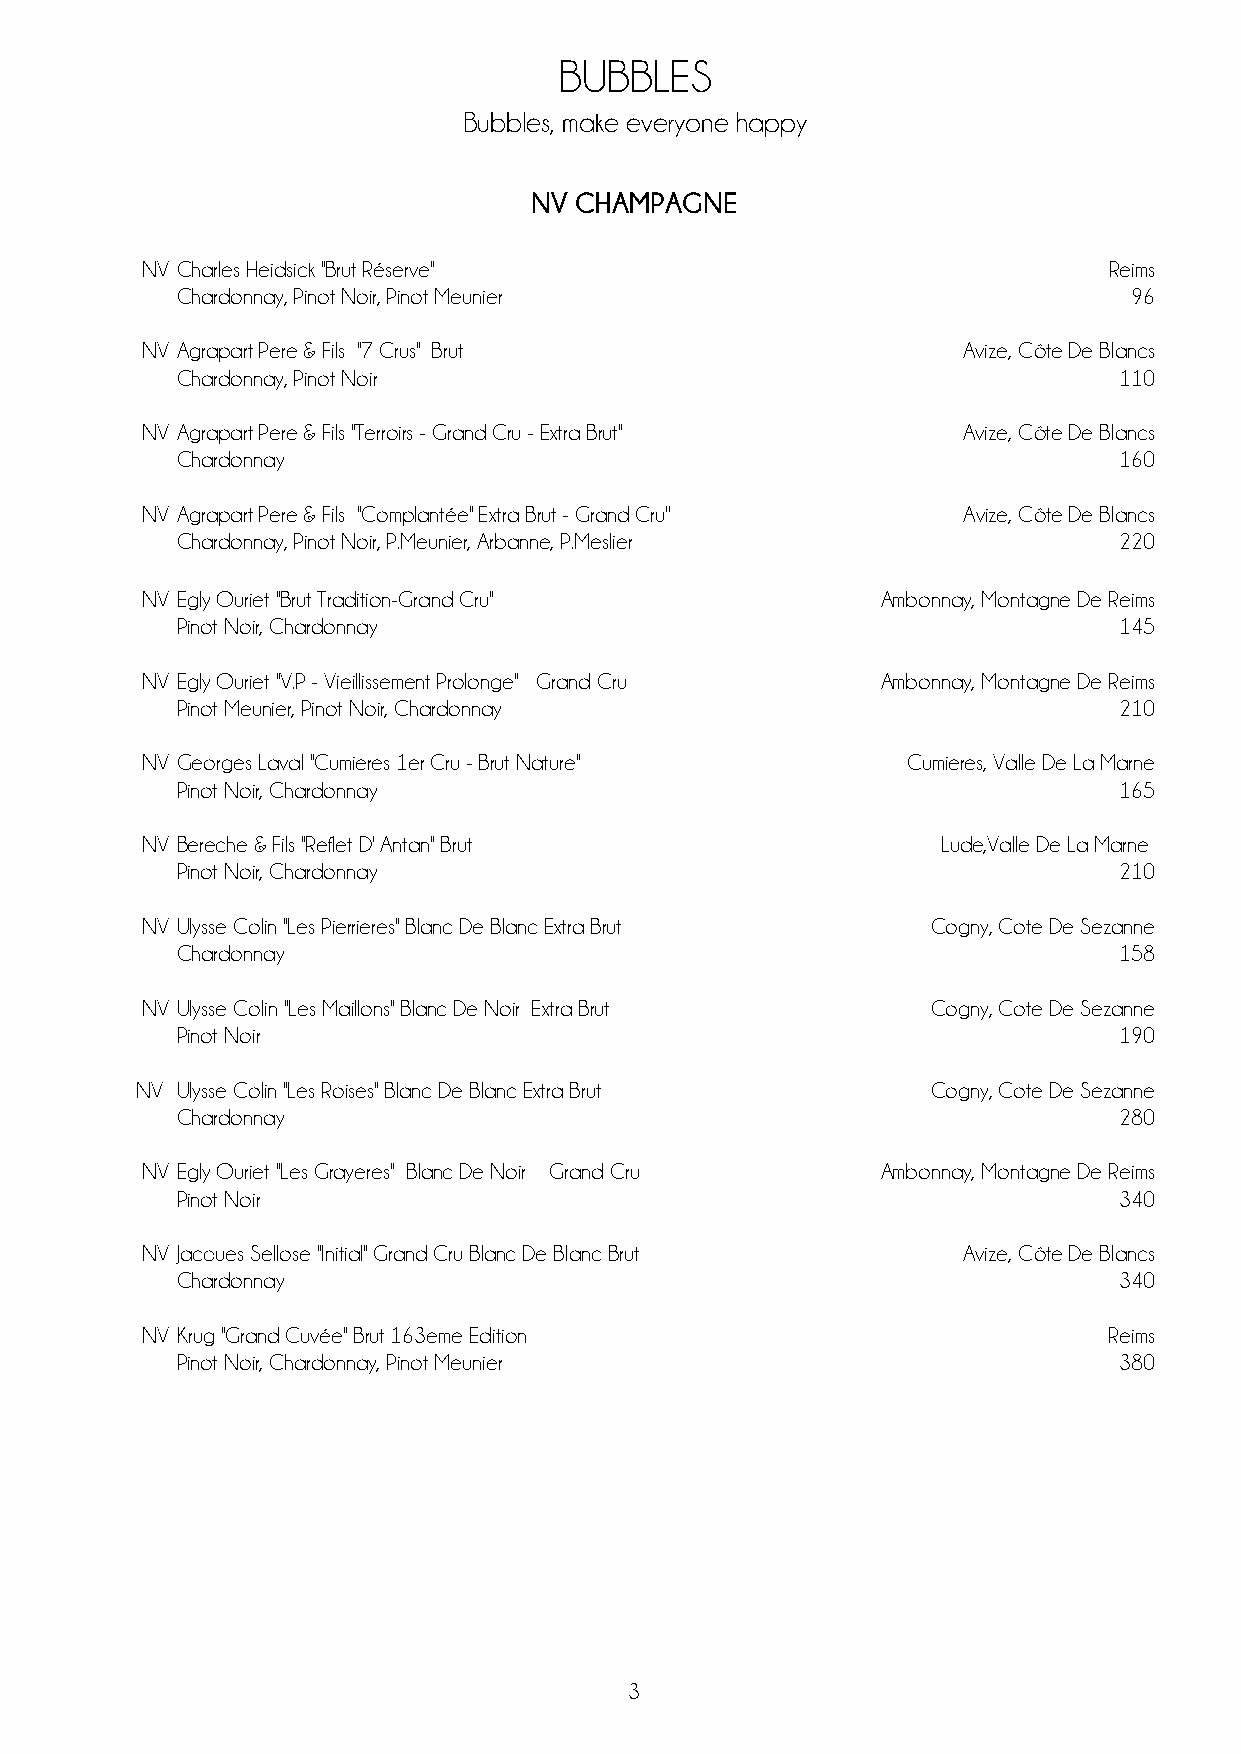
BUBBLES
 Bubbles, make everyone happy
 NV CHAMPAGNE
 NV Charles Heidsick ''Brut Réserve''                            Reims
 Chardonnay, Pinot Noir, Pinot Meunier                          96
 NV Agrapart Pere & Fils ''7 Crus'' Brut                Avize, Côte De Blancs
 Chardonnay, Pinot Noir                                        110
 NV Agrapart Pere & Fils ''Terroirs - Grand Cru - Extra Brut'' Avize, Côte De Blancs
 Chardonnay                                                    160
 NV Agrapart Pere & Fils ''Complantée'' Extra Brut - Grand Cru'' Avize, Côte De Blancs
 Chardonnay, Pinot Noir, P.Meunier, Arbanne, P.Meslier         220
 NV Egly Ouriet ''Brut Tradition-Grand Cru''      Ambonnay, Montagne De Reims
 Pinot Noir, Chardonnay                                        145
 NV Egly Ouriet ''V.P - Vieillissement Prolonge'' Grand Cru Ambonnay, Montagne De Reims
 Pinot Meunier, Pinot Noir, Chardonnay                         210
 NV Georges Laval ''Cumieres 1er Cru - Brut Nature'' Cumieres, Valle De La Marne
 Pinot Noir, Chardonnay                                        165
 NV Bereche & Fils ''Reflet D' Antan'' Brut           Lude,Valle De La Marne
 Pinot Noir, Chardonnay                                        210
 NV Ulysse Colin ''Les Pierrieres'' Blanc De Blanc Extra Brut Cogny, Cote De Sezanne
 Chardonnay                                                    158
 NV Ulysse Colin ''Les Maillons'' Blanc De Noir Extra Brut Cogny, Cote De Sezanne
 Pinot Noir                                                    190
 NV Ulysse Colin "Les Roises" Blanc De Blanc Extra Brut Cogny, Cote De Sezanne
 Chardonnay                                                    280
 NV Egly Ouriet ''Les Grayeres'' Blanc De Noir Grand Cru Ambonnay, Montagne De Reims
 Pinot Noir                                                    340
 NV Jacques Sellose ''Initial'' Grand Cru Blanc De Blanc Brut Avize, Côte De Blancs
 Chardonnay                                                    340
 NV Krug ''Grand Cuvée'' Brut 163eme Edition                     Reims
 Pinot Noir, Chardonnay, Pinot Meunier                         380
 3